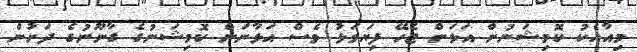
މިއާއެކު ކޮމިޝަނުން އަޅަން ޖެހޭ ފިޔަވަޅު ވެސް އަޅާނަން ކޮމިޝަނުގެ ގާނޫނުގެ ދަށުން